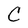
Character: C